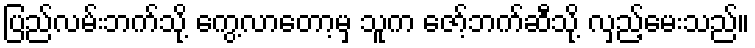
ပြည်လမ်းဘက်သို့ ကွေ့လာတော့မှ သူက ဇော့်ဘက်ဆီသို့ လှည့်မေးသည်။